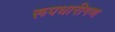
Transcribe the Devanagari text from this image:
रूपधारीगण